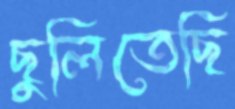
ছুলিতেছি